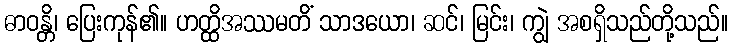
ဓာဝန္တိ၊ ပြေးကုန်၏။ ဟတ္ထိအဿမတိံ သာဒယော၊ ဆင်၊ မြင်း၊ ကျွဲ အစရှိသည်တို့သည်။